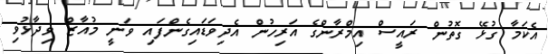
އެކަމާ ގުޅޭ ގޮތުން ރައީސް އިމްރާންގެ އަރިހުން އެދިވަޑައިގެންފައި ވަނީ މުއާޒް ވިދާޅުވި